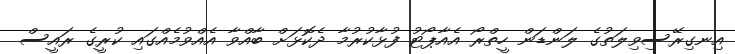
އިނގިރޭސިވިލަތުގެ ލަންޑަން ހީތްރޯ އެއާޕޯޓު ފުޅާކުރުމާ ދެކޮޅަށް ބާއްވާ އެއްވުމެއްގައި ކުރީގެ ރައީސް